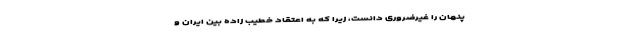
پنهان را غیرضروری دانست، زیرا که به اعتقاد خطیب زاده بین ایران و